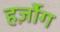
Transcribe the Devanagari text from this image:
हर्ज़ोग